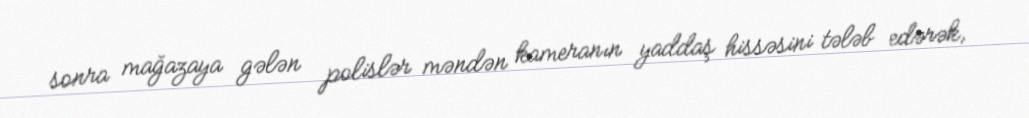
sonra mağazaya gələn polislər məndən kameranın yaddaş hissəsini tələb edərək,